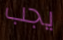
يجب